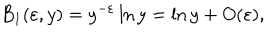
B _ { 1 } ( \varepsilon , y ) = y ^ { - \varepsilon } \ln y = \ln y + O ( \varepsilon ) \nonumber ,